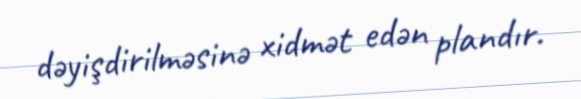
dəyişdirilməsinə xidmət edən plandır.